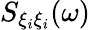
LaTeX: S_{\xi_{i}\xi_{i}}(\omega)